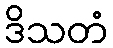
ဒိသတံ